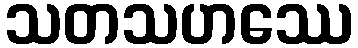
သတသဟဿေ